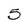
Character: 5